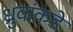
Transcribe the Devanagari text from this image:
ध्रुवांकडे